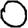
Digit: 0